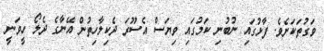
ވަގުތަކަށެވެ. ފާޅުގައި ނުބުނި ކަމުގައި ވިޔަސް އެސޫރަ ދެކިލާހިތުން އޭނާގެ ދެލޯ ހީވަނީ